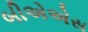
બીએએસ